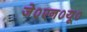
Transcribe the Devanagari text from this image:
जे०एन०यू०